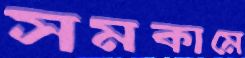
সমকামে